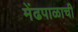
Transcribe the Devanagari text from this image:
मेंढपाळाची